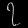
Digit: ၇